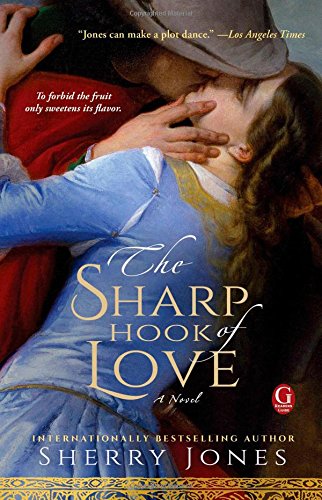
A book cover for The Sharp Hook of Love; Sherry Jones; Romance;